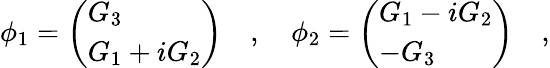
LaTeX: \phi_{1}=\left(\begin{array}{l}{{G_{3}}}\\ {{G_{1}+iG_{2}}}\end{array}\right)\quad,\quad\phi_{2}=\left(\begin{array}{l}{{G_{1}-iG_{2}}}\\ {{-G_{3}}}\end{array}\right)\quad,